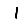
Digit: 1